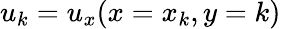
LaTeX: u_{k}=u_{x}(x=x_{k},y=k)